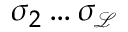
\sigma _ { 2 } \ldots \sigma _ { \scriptscriptstyle \! \mathscr { L } }